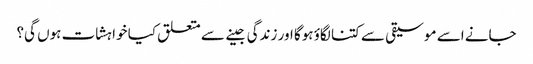
جانے اسے موسیقی سے کتنا لگاؤ ہوگا اور زندگی جینے سے متعلق کیا خواہشات ہوں گی؟